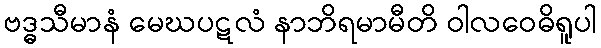
ဗဒ္ဓသီမာနံ မေဃပဋလံ နာဘိရမာမီတိ ဝါလဝေဓိရူပါ